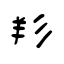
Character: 羏